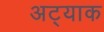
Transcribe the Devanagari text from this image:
अट्याक